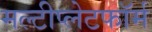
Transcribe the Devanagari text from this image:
मल्टीप्लेटफॉर्म